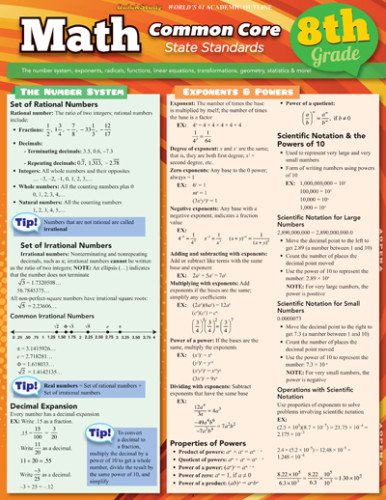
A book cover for Math Common Core 8Th Grade (Quick Study: Academic); Inc. BarCharts; Science & Math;